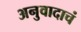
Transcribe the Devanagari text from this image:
अनुवादाचं